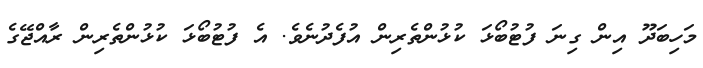
މަހިބަދޫ އިން ގިނަ ފުޓުބޯޅަ ކުޅުންތެރިން އުފެދުނެވެ. އެ ފުޓުބޯޅަ ކުޅުންތެރިން ރާއްޖޭގެ